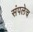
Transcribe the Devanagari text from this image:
संपलेच